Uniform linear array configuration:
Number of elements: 64
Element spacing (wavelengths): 0.75
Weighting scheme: binomial
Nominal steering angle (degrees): -60
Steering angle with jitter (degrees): -61.388
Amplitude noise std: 0.05
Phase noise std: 0.05

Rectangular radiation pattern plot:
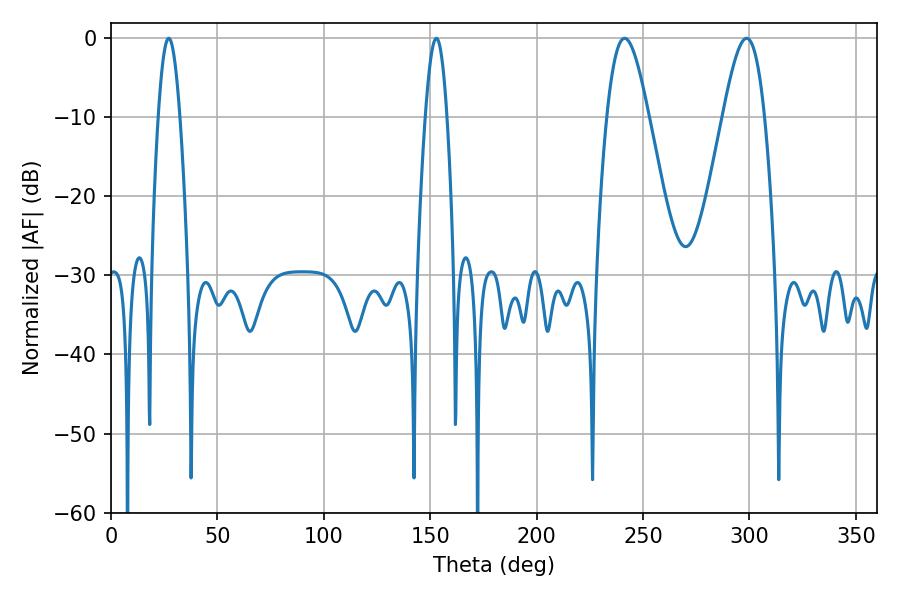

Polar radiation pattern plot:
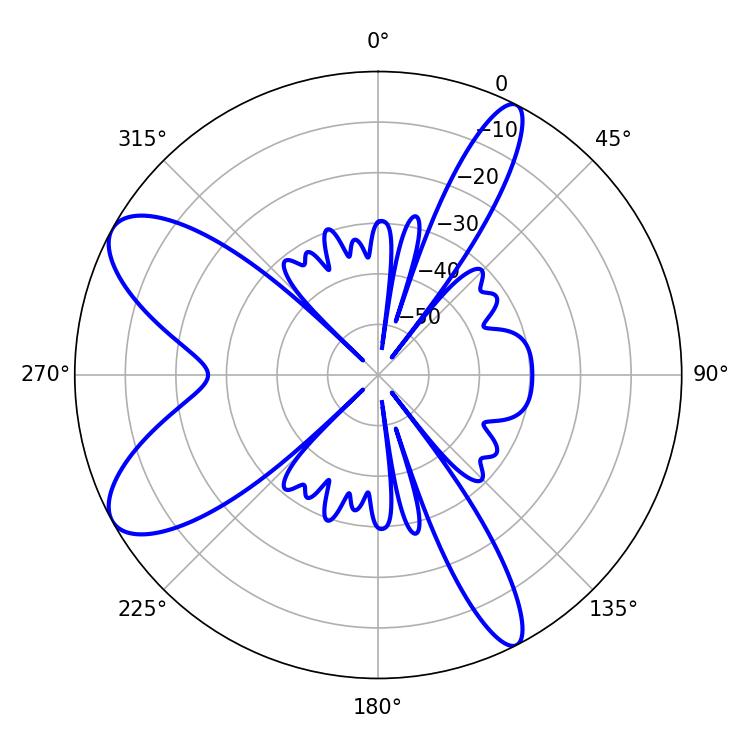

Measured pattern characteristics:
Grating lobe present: TRUE
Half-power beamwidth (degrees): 10.44
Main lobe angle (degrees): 241.38